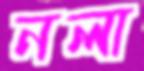
নলা